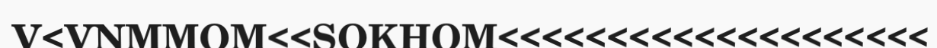
V<VNMMOM<<SOKHOM<<<<<<<<<<<<<<<<<<<<